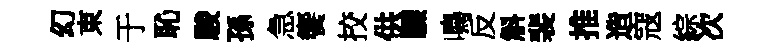
幻束于恥駿孫急饗挍供驟鳴反斛裴推造寇綜次